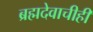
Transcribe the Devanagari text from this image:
ब्रह्मदेवाचीही